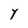
Character: Y